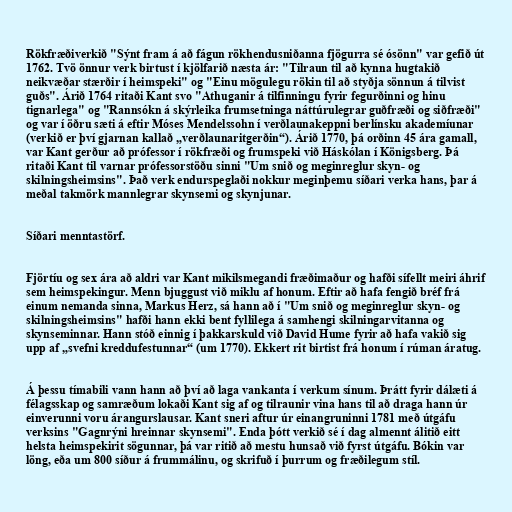
Rökfræðiverkið "Sýnt fram á að fágun rökhendusniðanna fjögurra sé ósönn" var gefið út
1762. Tvö önnur verk birtust í kjölfarið næsta ár: "Tilraun til að kynna hugtakið
neikvæðar stærðir í heimspeki" og "Einu mögulegu rökin til að styðja sönnun á tilvist
guðs". Árið 1764 ritaði Kant svo "Athuganir á tilfinningu fyrir fegurðinni og hinu
tignarlega" og "Rannsókn á skýrleika frumsetninga náttúrulegrar guðfræði og siðfræði"
og var í öðru sæti á eftir Móses Mendelssohn í verðlaunakeppni berlínsku akademíunar
(verkið er því gjarnan kallað „verðlaunaritgerðin“). Árið 1770, þá orðinn 45 ára gamall,
var Kant gerður að prófessor í rökfræði og frumspeki við Háskólan í Königsberg. Þá
ritaði Kant til varnar prófessorstöðu sinni "Um snið og meginreglur skyn- og
skilningsheimsins". Það verk endurspeglaði nokkur meginþemu síðari verka hans, þar á
meðal takmörk mannlegrar skynsemi og skynjunar.

Síðari menntastörf.

Fjörtíu og sex ára að aldri var Kant mikilsmegandi fræðimaður og hafði sífellt meiri áhrif
sem heimspekingur. Menn bjuggust við miklu af honum. Eftir að hafa fengið bréf frá
einum nemanda sinna, Markus Herz, sá hann að í "Um snið og meginreglur skyn- og
skilningsheimsins" hafði hann ekki bent fyllilega á samhengi skilningarvitanna og
skynseminnar. Hann stóð einnig í þakkarskuld við David Hume fyrir að hafa vakið sig
upp af „svefni kreddufestunnar“ (um 1770). Ekkert rit birtist frá honum í rúman áratug.

Á þessu tímabili vann hann að því að laga vankanta í verkum sínum. Þrátt fyrir dálæti á
félagsskap og samræðum lokaði Kant sig af og tilraunir vina hans til að draga hann úr
einverunni voru árangurslausar. Kant sneri aftur úr einangruninni 1781 með útgáfu
verksins "Gagnrýni hreinnar skynsemi". Enda þótt verkið sé í dag almennt álitið eitt
helsta heimspekirit sögunnar, þá var ritið að mestu hunsað við fyrst útgáfu. Bókin var
löng, eða um 800 síður á frummálinu, og skrifuð í þurrum og fræðilegum stíl.